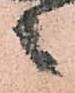
々